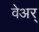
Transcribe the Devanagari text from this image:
वेअर्